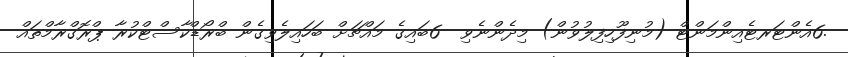
.6އެންޓަރޓެއިންމަންޓް (މުނިފޫހިފިލުވުން) މިދެންނެވި  6ބައިގެ މައްޗަށް ބަހައިލެވިގެން ބްރޯޑްކާސްޓްކުރާ ޕްރޮގްރާމްތައް